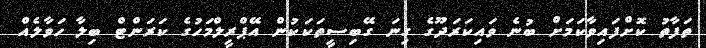
ތަފާތު ކޮށްފައިވާކަމަށް ބުނެ ވައިކަރަދޫގެ ގިނަ ގޭބިސީތަކަކުން އޭޕްރީލްމަހުގެ ކަރަންޓް ބިލާ ހަވާލެއް